Supplement to the account of plague administration in the Bombay Presidency from September 1896 till May 1897
Year: 1896
Disease focus: Plague
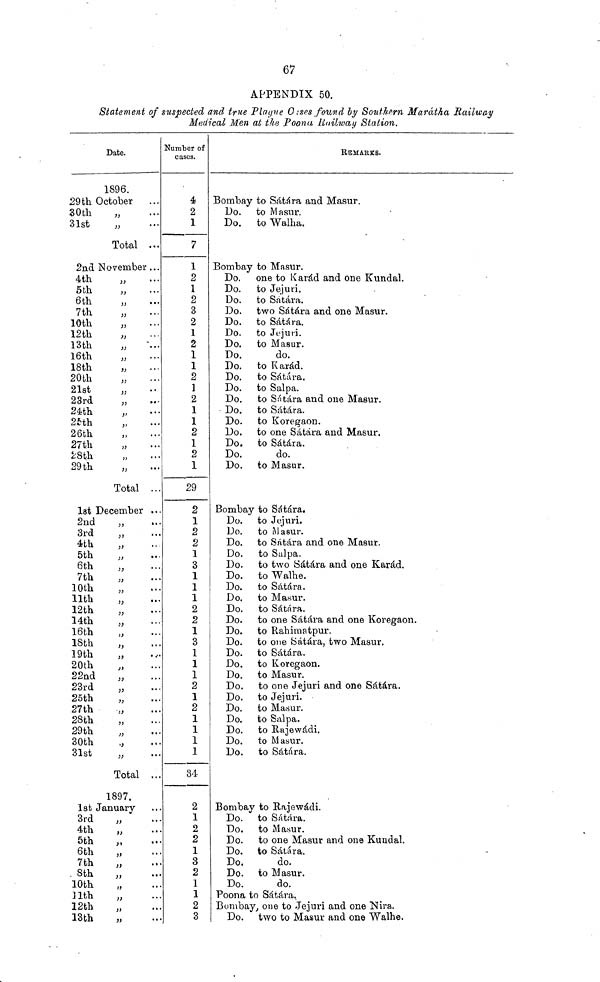
67
29th
30th.
31st
2nd
4th
5th
6th
7th
10th
12th
13th
16th
18th
20th
21st
23rd
24th
25th
26th
27th
¿8tfi
29 th
1st
2nd
3rd
4th
5th
6th
7th
10th
11th
12th
14th
16th
18th
19th
20th
22nd
23rd
25th
27th
28th
29th
30th
31st
1st
3rd
4th
5th
6th
7th
8th
10th
11th
12th
13th
APPENDIX 50.
Statement of suspected and true Plagne O ises found by Southern Marátha Railway
Date.
1896.
October
,,
,,
Total
November
,,
,,
,,
,,
,,
,,
,,
,,
,,
,,
,,
,,
,,
,,
,,
,,
,,
,,
Total
December
,,
,,
,,
,,
,,
,,
,,
,,
,,
,,
,,
,,
,,
,,
,,
,,
,,
,,
,,
,,
,,
,,
Total
1897.
January
,,
,,
,,
,,
,,
,,
,,
,,
,,
,,
Medical Men at the Poona Railway Station.
…
…
…
…
…
…
…
…
…
…
…
…
…
…
…
…
…
…
…
…
…
…
…
…
…
…
…
…
…
…
…
…
…
…
…
…
…
…
…
…
…
…
…
…
…
…
…
…
…
…
…
…
…
…
…
…
…
…
…
…
Number of
cases.
4
2
1
7
1
2
1
2
3
2
1
2
1
1
2
]
2
1
1
2
1
2
1
29
2
1
2
2
1
3
1
1
1
2
2
1
3
1
1
1
2
1
2
1
1
1
1
34
2
1
2
2
1
3
2
1
1
2
3
Bombay
Do.
Do.
Bombay
Do.
Do.
Do.
Do.
Do.
Do.
Do.
Do.
Do.
Do.
Do.
Do.
Do.
Do.
Do.
Do.
Do.
Do.
Bombay
Do.
Do.
Do.
Do.
Do.
Do.
Do.
Do.
Do.
Do.
Do.
Do.
Do.
Do.
Do.
Do.
Do.
Do.
Do.
Do.
Do.
Do.
REMAKES.
to Sátára and Masur.
to Masur.
to Walha.
to Masur.
one to Karád and one Kundal.
to Jejuri.
to Satára.
two Sátára and one Masur.
to Sátára.
to Jejuri.
to Masur.
do.
to Karád.
to Sátára.
to Salpa.
to Sitara and one Masur.
to Sátára.
to Koregaon.
to one Sátára and Masur.
to Sátára.
do.
to Masur.
to Sátára.
to Jejuri.
to Masur.
to Sátára and one Masur.
to Salpa.
to two Sátára and one Karád.
to Walhe.
to Sátára.
to Masur.
to Sátára.
to one Sátára and one Koregaon.
to Rahimatpur.
to one Sátára, two Masur.
to Sátára.
to Koregaon.
to Masur.
to one Jejuri and one Sátára.
to Jejuri.
to Masur.
to Salpa.
to Rajewádi.
to Masur.
to Sátára.
Bombay to Bajewádi.
Do.
Do.
Do.
Do.
Do.
Do.
Do.
to Sátára.
to Masur.
to one Masur and one Kundal.
to Sátára.
do.
to Masur.
do.
Poona to Sátára,
Bombay, one to Jejuri and one Nira.
Do. two to Masur and one Walhe.